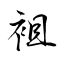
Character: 袓